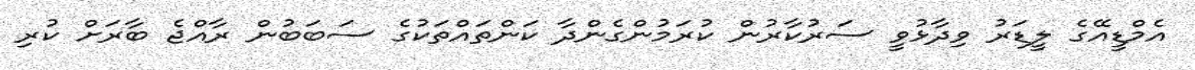
އެމްޑީއޭގެ ލީޑަރު ވިދާޅުވީ ސަރުކާރުން ކުރަމުންގެންދާ ކަންތައްތަކުގެ ސަބަބުން ރާއްޖެ ބާރަށް ކުރި